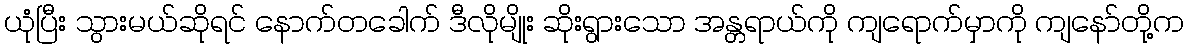
ယုံပြီး သွားမယ်ဆိုရင် နောက်တခေါက် ဒီလိုမျိုး ဆိုးရွားသော အန္တရာယ်ကို ကျရောက်မှာကို ကျနော်တို့က